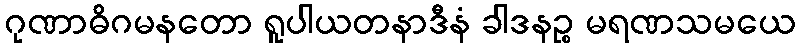
ဂုဏာဓိဂမနတော ရူပါယတနာဒီနံ ခါဒနဉ္စ မရဏသမယေ